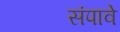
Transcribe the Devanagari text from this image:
संपावे